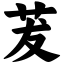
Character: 茇